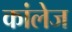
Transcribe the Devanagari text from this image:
कांलेज